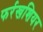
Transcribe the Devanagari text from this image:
फर्रखशियर